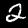
Digit: 2